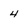
Character: 4